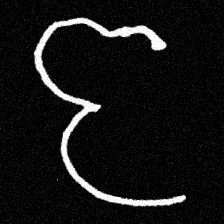
Pyu character \u2014 Myanmar letter: ဇ (romanized: ja)